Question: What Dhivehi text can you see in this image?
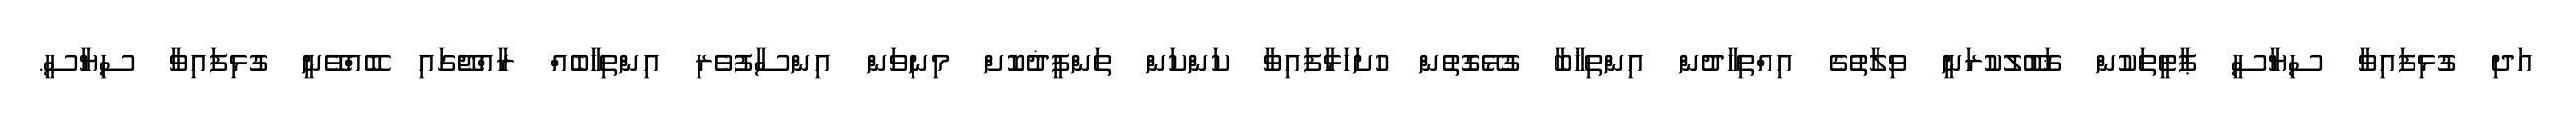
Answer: އަދި ގުޅިފައިވާ ސިޔާސީ ޕާޓީތަކުން ޤަބޫލުކުރަނީ ވިލާތުގެ އިއްތިހާދުން އިންތިޚާބާ ގުޅޭގޮތުން ހުށަހަޅާފައިވާ ކަންކަން ތަންފީޛުކޮށް މިނިވަން އިންސާފުވެރި އިންތިޚާބެއް ރާއްޖޭގައި ބޭއްވޭނީ ގުޅިފައިވާ ސިޔާސީ.